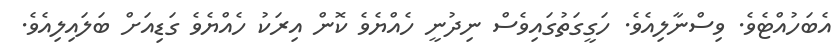
އެބަހުއްޓެވެ. ވިސްނާލިއެވެ. ހަގީގަތުގައިވެސް ނިދުނީ ހެއްޔެވެ ކޮން އިރަކު ހެއްޔެވެ ގަޑިއަށް ބަލައިލިއެވެ.